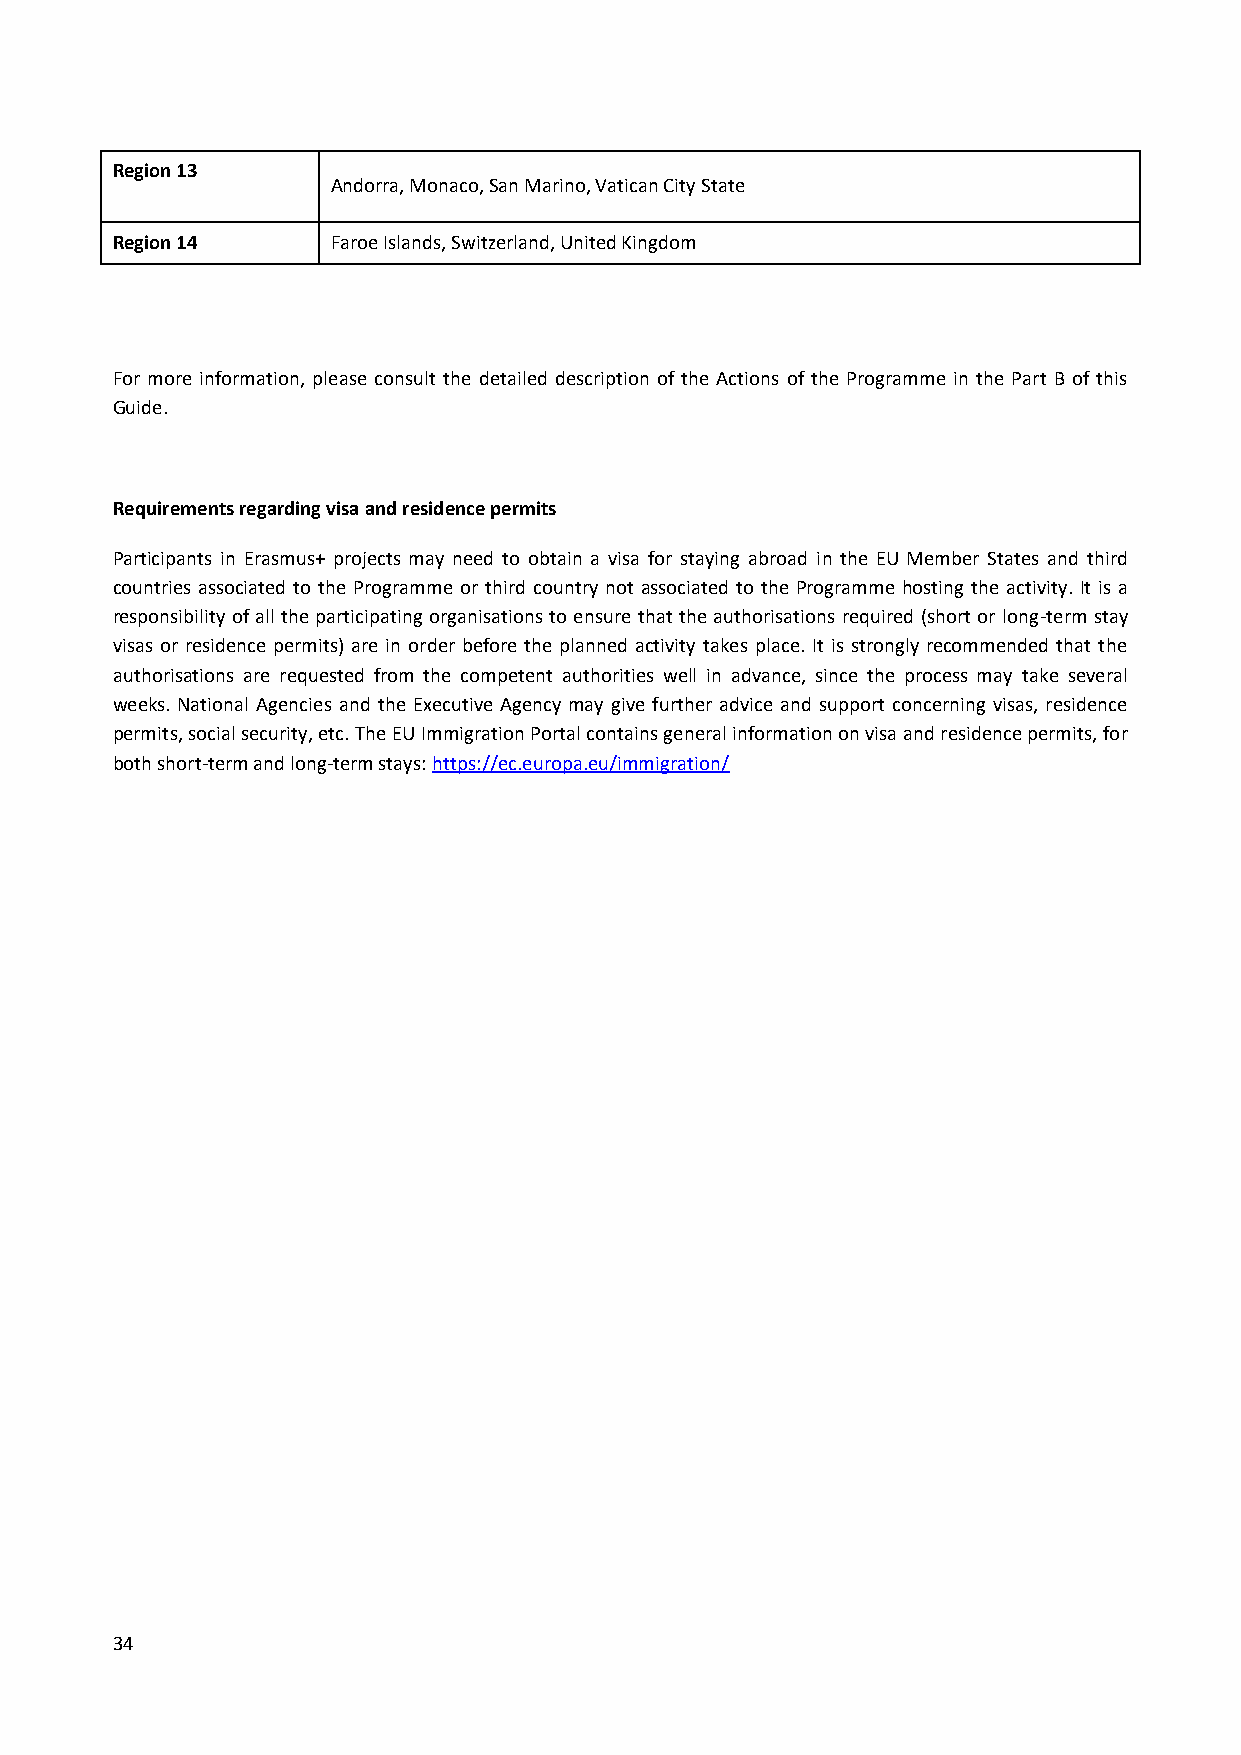
Region 13
 Andorra, Monaco, San Marino, Vatican City State
 Region 14      Faroe Islands, Switzerland, United Kingdom
 For more information, please consult the detailed description of the Actions of the Programme in the Part B of this
 Guide.
 Requirements regarding visa and residence permits
 Participants in Erasmus+ projects may need to obtain a visa for staying abroad in the EU Member States and third
 countries associated to the Programme or third country not associated to the Programme hosting the activity. It is a
 responsibility of all the participating organisations to ensure that the authorisations required (short or long-term stay
 visas or residence permits) are in order before the planned activity takes place. It is strongly recommended that the
 authorisations are requested from the competent authorities well in advance, since the process may take several
 weeks. National Agencies and the Executive Agency may give further advice and support concerning visas, residence
 permits, social security, etc. The EU Immigration Portal contains general information on visa and residence permits, for
 both short-term and long-term stays: https://ec.europa.eu/immigration/
 34